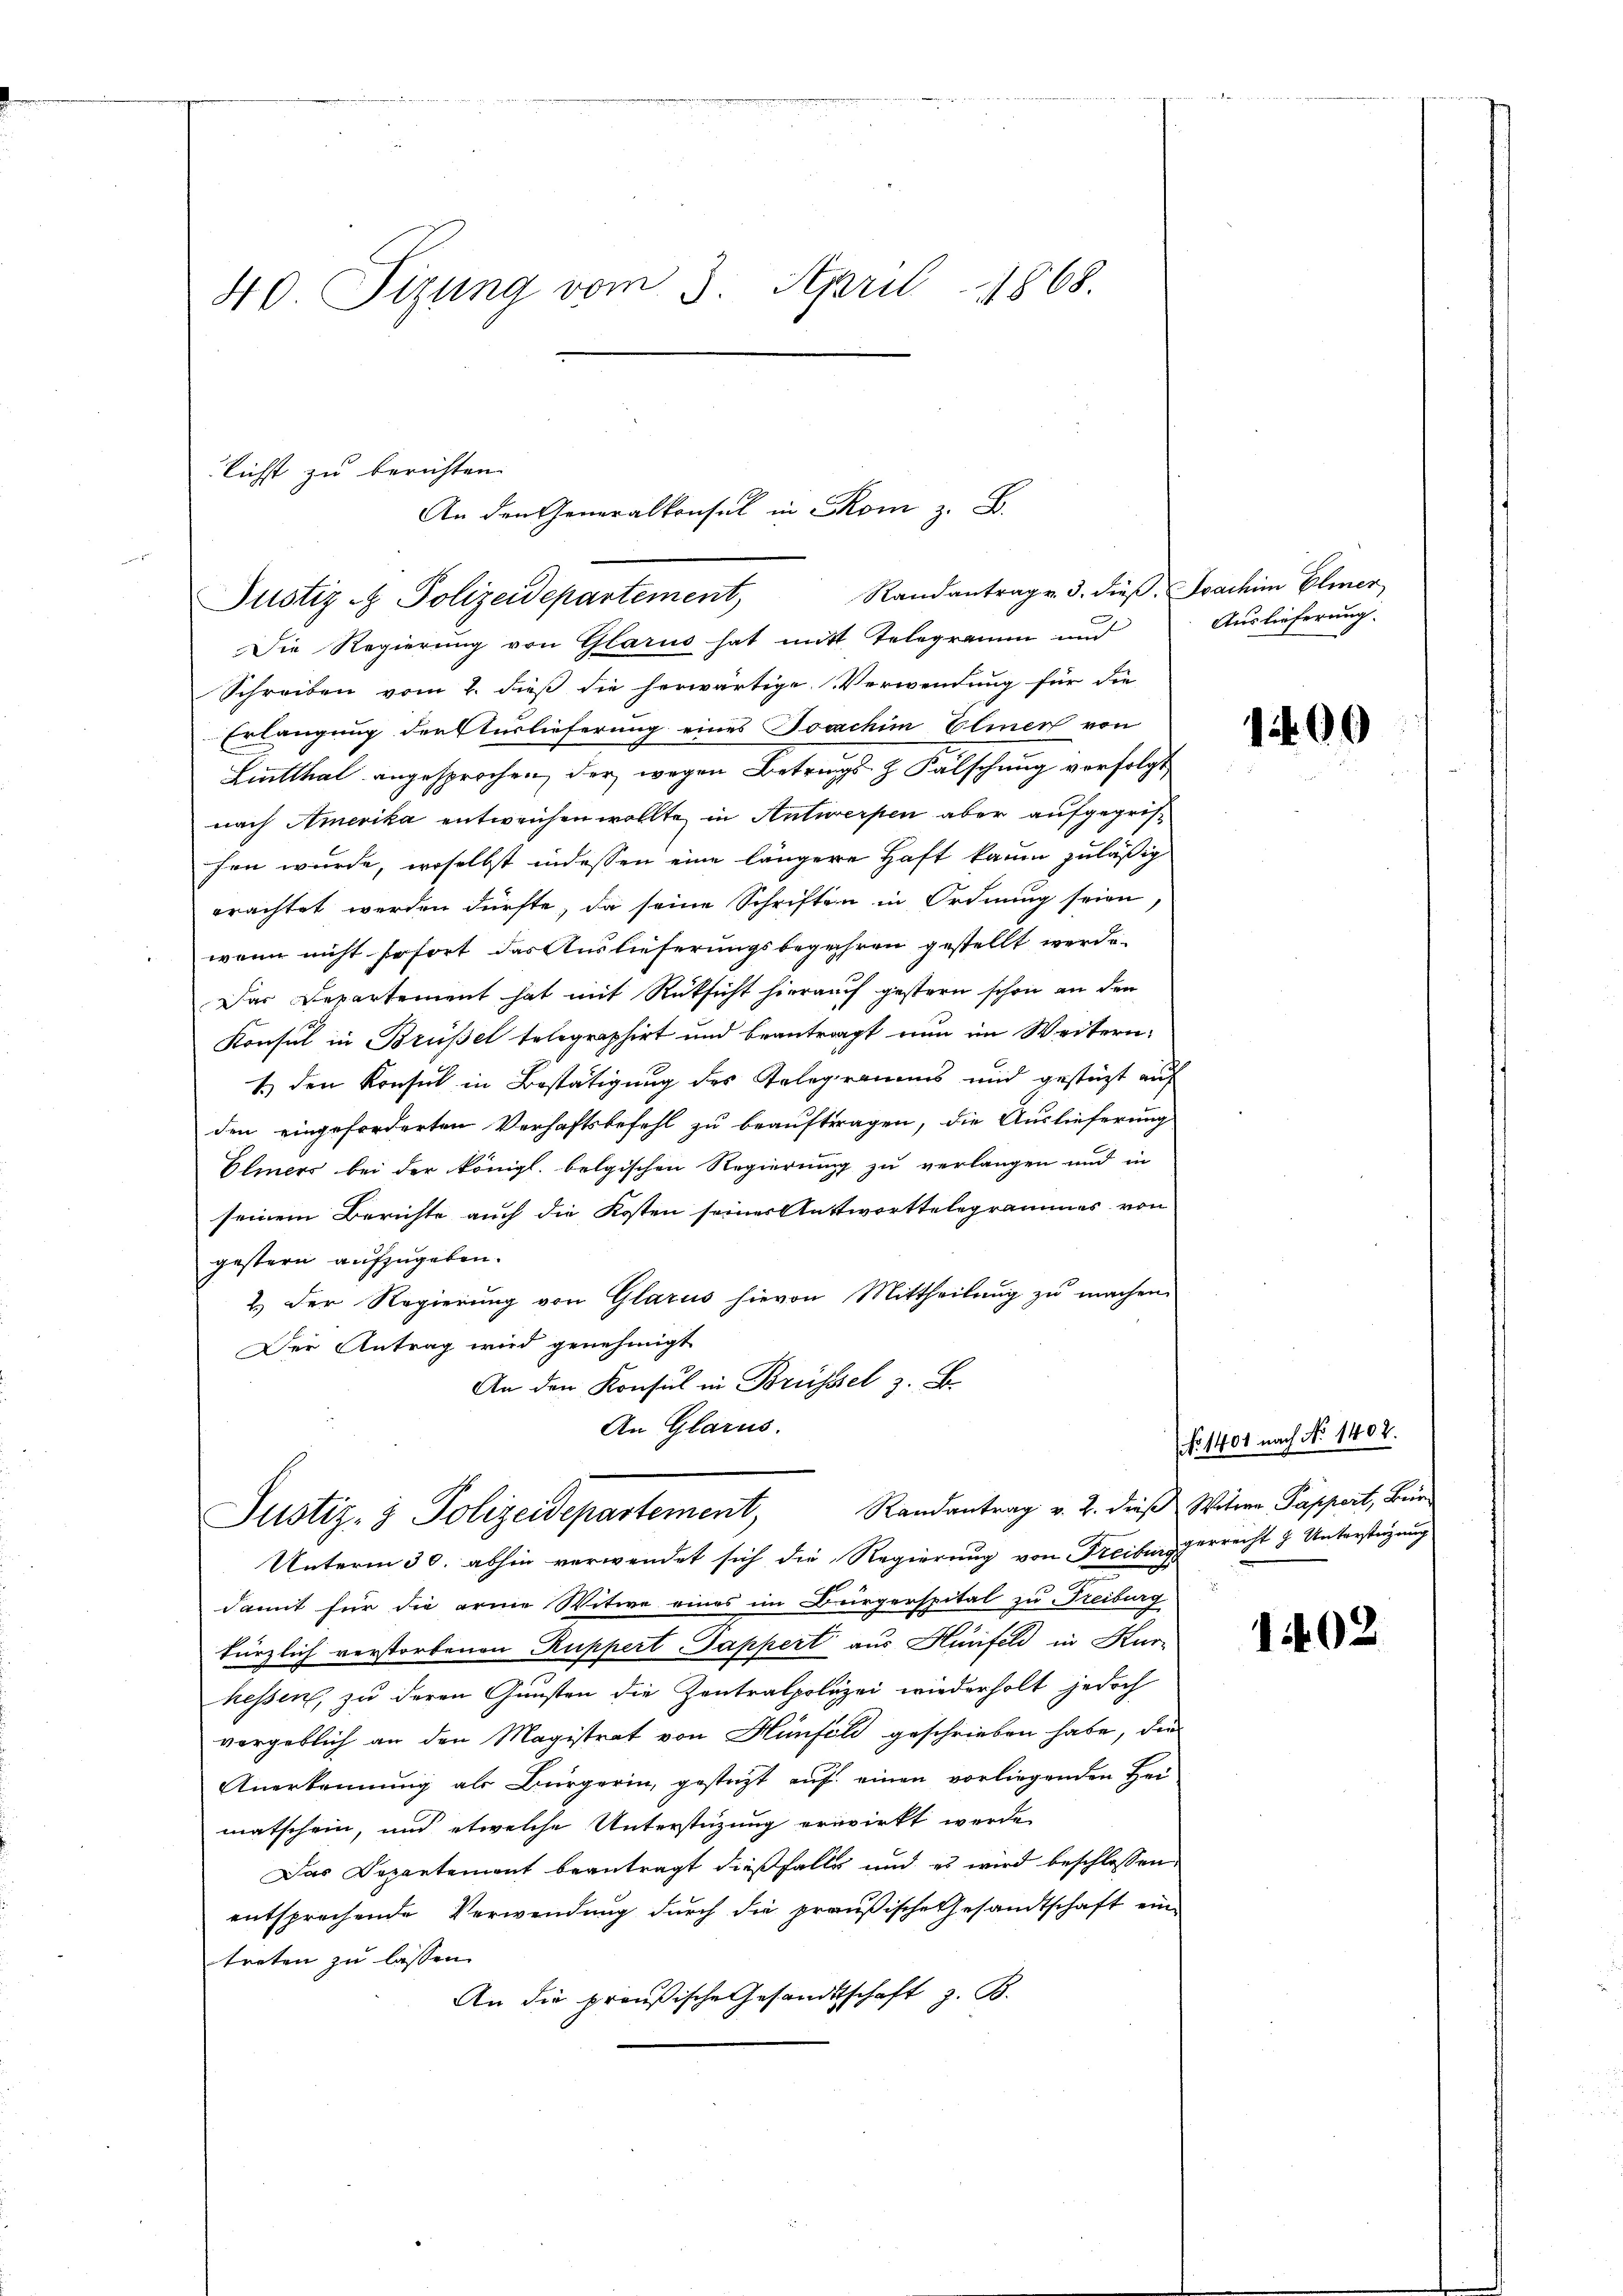
40 Sizung vom 3. April 1868.

lichst zu berichten.
An den Generall z. B.
Randantrag v. 3. dieß. Joachim Elmer
Justiz- & Polizeidepartement

Die Regierung von Glarus hat mit Telegramm und
Schreiben vom 2. dieß die herwärtige Verwendung für die
Erlangung der Stürlieferung eines Jovachim Elmer von
Liutthal angesprochen, der wegen Betrags- & Falschung verfolgt
nach Amerika entweichen wollte in Antwerpen aber aufgegrifhen wurde, woselbst indessen eine längere Haft kaum zuläßig
erachtet werden dürfte, da seine Schriften in Ordnung seien
wenn nicht sofort das Auslieferungsbegehren gestellt werde.
Das Departement hat mit Rücksicht hierauf gestern schon an den
Konsul in Brüßel telegraphirt und beantragt nun im Weitern
1) den Konsul in Bestätigung des Telegramms und gestüzt auf
den eingeforderten Verhaftsbefehl zu beauftragen, die Auslieferung
Elmers bei der königl. belgischen Regierung zu verlangen und in
seinem Berichte auch die Kosten seiner Antwortselegrammes von
gestern aufzugeben.
2.) Der Regierung von Glarus hievon Mittheilung zu machen.
Der Antrag wird genehmigt
An den Konsul in Brüssel z. B.
An Glarus.

Randantrag v. 2. dies Witwe Pappert, Bür
Justiz- & Polizeidepartement,

Unterm 30. abhin verwendet sich die Regierung von Freiburgerrecht & Unterstüzung
damit für die arme Witwe eines im Bürgerspital zu Freiburg
kürzlich verstorbenen Ruppert Pappert aus Hinfeld in Kurhessen, zu deren Gunsten die Zentralpolizei wiederholt jedoch
vorgeblich an den Magistrat von Hünfeld geschrieben habe, die
Anerkennung als Bürgerin, gestatt auf einen vorliegenden Heimatschein, und etwelche Unterstüzung erwirkt werde,
Das Departement beantragt dießfalls und es wird beschlossen,
entsprechende Verwendung durch die preußische Gesandtschaft ein
treten zu lassen.
An die preußische Gesandtschaft z. B.

Auslieferung.

100

(fo 1401 nach No 1402.

1402